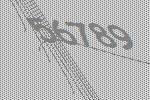
56789